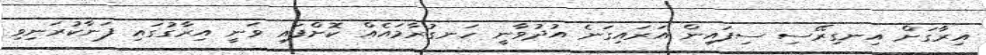
އިރާގަށް އިނގިރޭސި ސިފައިން އަރައިގަނެ އުދުވާނީ ހަނގުރާމައެއް ކޮށްފައި ވަނީ އިރާގުގައި ފަނާކުރަނިވި